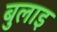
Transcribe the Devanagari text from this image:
बुलाइ